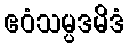
ဧဝံသမ္ပဒမိဒံ